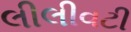
લીલીવટી